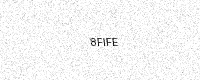
Text: 8FIFE